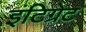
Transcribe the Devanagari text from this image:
इंटिग्रेट